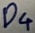
Text: D4